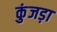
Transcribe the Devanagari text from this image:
कुंजड़ा